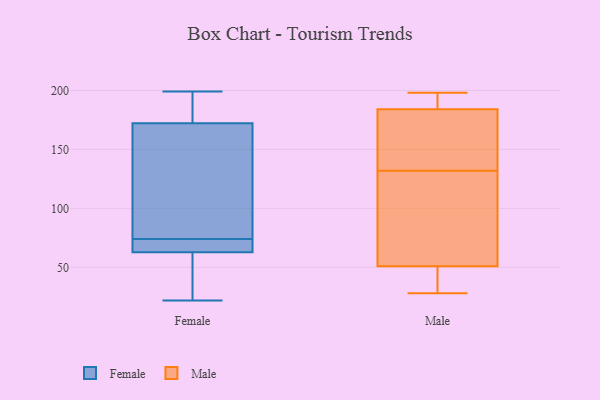
{"axis": {"x": "LTV (USD)", "y": "Value"}, "legend": ["Female", "Male"], "data": [{"x": "", "y": 196, "type": "Female"}, {"x": "", "y": 196, "type": "Female"}, {"x": "", "y": 74, "type": "Female"}, {"x": "", "y": 65, "type": "Female"}, {"x": "", "y": 67, "type": "Female"}, {"x": "", "y": 142, "type": "Female"}, {"x": "", "y": 199, "type": "Female"}, {"x": "", "y": 45, "type": "Female"}, {"x": "", "y": 177, "type": "Female"}, {"x": "", "y": 24, "type": "Female"}, {"x": "", "y": 158, "type": "Female"}, {"x": "", "y": 147, "type": "Female"}, {"x": "", "y": 22, "type": "Female"}, {"x": "", "y": 65, "type": "Female"}, {"x": "", "y": 62, "type": "Female"}, {"x": "", "y": 148, "type": "Male"}, {"x": "", "y": 171, "type": "Male"}, {"x": "", "y": 198, "type": "Male"}, {"x": "", "y": 28, "type": "Male"}, {"x": "", "y": 33, "type": "Male"}, {"x": "", "y": 51, "type": "Male"}, {"x": "", "y": 85, "type": "Male"}, {"x": "", "y": 197, "type": "Male"}, {"x": "", "y": 116, "type": "Male"}, {"x": "", "y": 184, "type": "Male"}]}